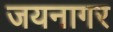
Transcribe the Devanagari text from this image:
जयनागर